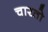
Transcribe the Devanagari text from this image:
चारतो